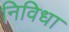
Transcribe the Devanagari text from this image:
निविधा